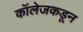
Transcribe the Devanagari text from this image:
कॉलेजकडून